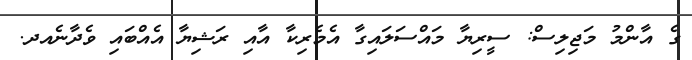
ގެ އާންމު މަޖިލިސް: ސީރިޔާ މައްސަލައިގާ އެމެރިކާ އާއި ރަޝިޔާ އެއްބައި ވެދާނެއދ.